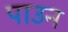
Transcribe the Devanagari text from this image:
पाउन